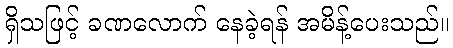
ရှိသဖြင့် ခဏလောက် နေခဲ့ရန် အမိန့်ပေးသည်။